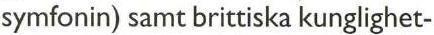
symfonin) samt brittiska kunglighet-